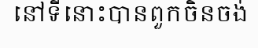
នៅទីនោះបានពួកចិនចង់